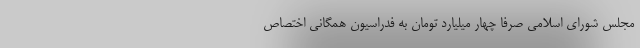
مجلس شورای اسلامی صرفا چهار میلیارد تومان به فدراسیون همگانی اختصاص